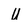
Character: U